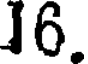
16.